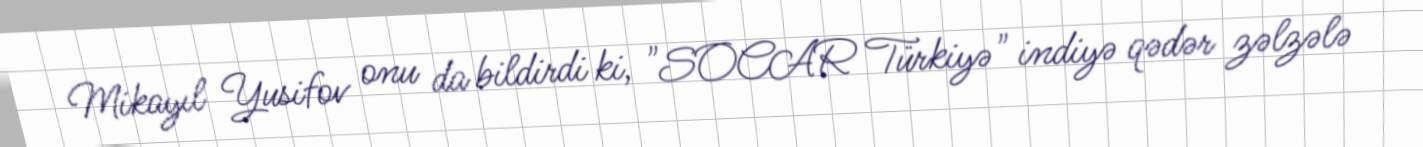
Mikayıl Yusifov onu da bildirdi ki, "SOCAR Türkiyə" indiyə qədər zəlzələ